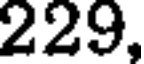
229,